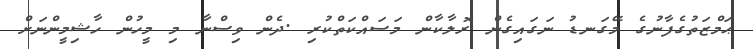
ޙަމްޒަތުގެފާނުގެ މޭގަނޑު ނަގައިގެން ރޮލާކާން މަސައްކަތްކުރި .ދެން ވިސްނާ މި މީހުން ހާޝިމީންނަށް